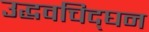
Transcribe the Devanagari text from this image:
उद्धवचिद्‌घन